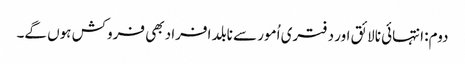
دوم: انتہائی نالائق اور دفتری اُمور سے نابلد افراد بھی فروکش ہوں گے۔